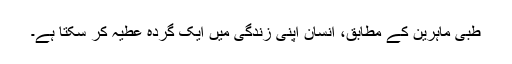
طبی ماہرین کے مطابق، انسان اپنی زندگی میں ایک گردہ عطیہ کر سکتا ہے۔